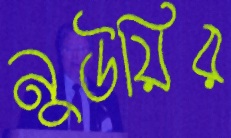
নুউয়ির